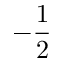
- \frac 1 2